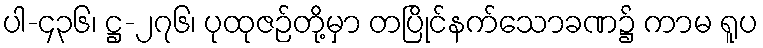
ပါ-၄၃၆၊ ဋ္ဌ-၂၇၆၊ ပုထုဇဉ်တို့မှာ တပြိုင်နက်သောခဏ၌ ကာမ ရူပ